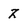
Character: z